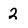
Character: 2